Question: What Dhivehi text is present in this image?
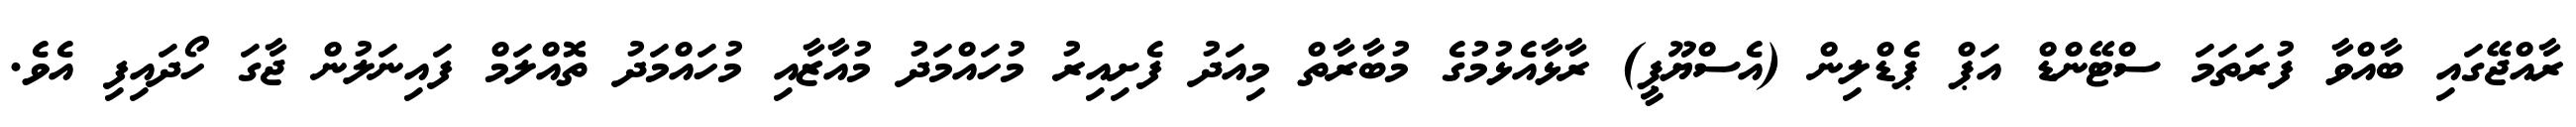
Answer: ރާއްޖޭގައި ބާއްވާ ފުރަތަމަ ސްޓޭންޑް އަޕް ޕެޑްލިން (އެސްޔޫޕީ) ރާޅާއެޅުމުގެ މުބާރާތް މިއަދު ފެށިއިރު މުހައްމަދު މުއާޒާއި މުހައްމަދު ތޮއްލަމް ފައިނަލުން ޖާގަ ހޯދައިފި އެވެ.